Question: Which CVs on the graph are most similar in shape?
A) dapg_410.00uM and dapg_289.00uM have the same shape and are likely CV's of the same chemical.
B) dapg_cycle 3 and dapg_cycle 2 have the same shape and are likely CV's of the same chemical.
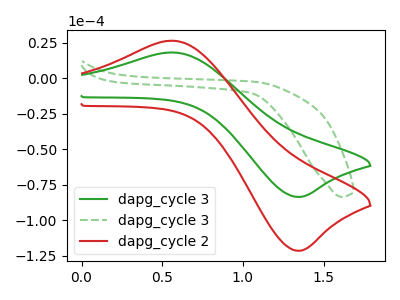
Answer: <think>The green curve "dapg_cycle 3" has an anodic peak at (0.55V, 18.25uA) and a cathodic peak at (1.35V, -83.50uA). The green dashed curve "dapg_cycle 3" has no peaks. The red curve "dapg_cycle 2" has an anodic peak at (0.55V, 26.55uA) and a cathodic peak at (1.35V, -121.45uA).
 "dapg_cycle 3" and "dapg_cycle 3" have a different number of peaks. All the peaks in "dapg_cycle 3" have a peak in "dapg_cycle 2" at the same potential. Every peak in "dapg_cycle 3" is lower than every peak in "dapg_cycle 2". "dapg_cycle 3" and "dapg_cycle 2" have a different number of peaks.</think>
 <answer>B) "dapg_cycle 3" and "dapg_cycle 2" have the same shape and are likely CV's of the same chemical.</answer>
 <eval>B</eval>